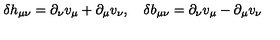
\delta h _ { \mu \nu } = \partial _ { \nu } v _ { \mu } + \partial _ { \mu } v _ { \nu } , \quad \delta b _ { \mu \nu } = \partial _ { \nu } v _ { \mu } - \partial _ { \mu } v _ { \nu }